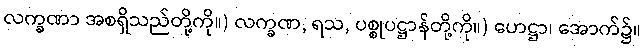
လက္ခဏာ အစရှိသည်တို့ကို။) လက္ခဏ, ရသ, ပစ္စုပဋ္ဌာန်တို့ကို။) ဟေဋ္ဌာ၊ အောက်၌။